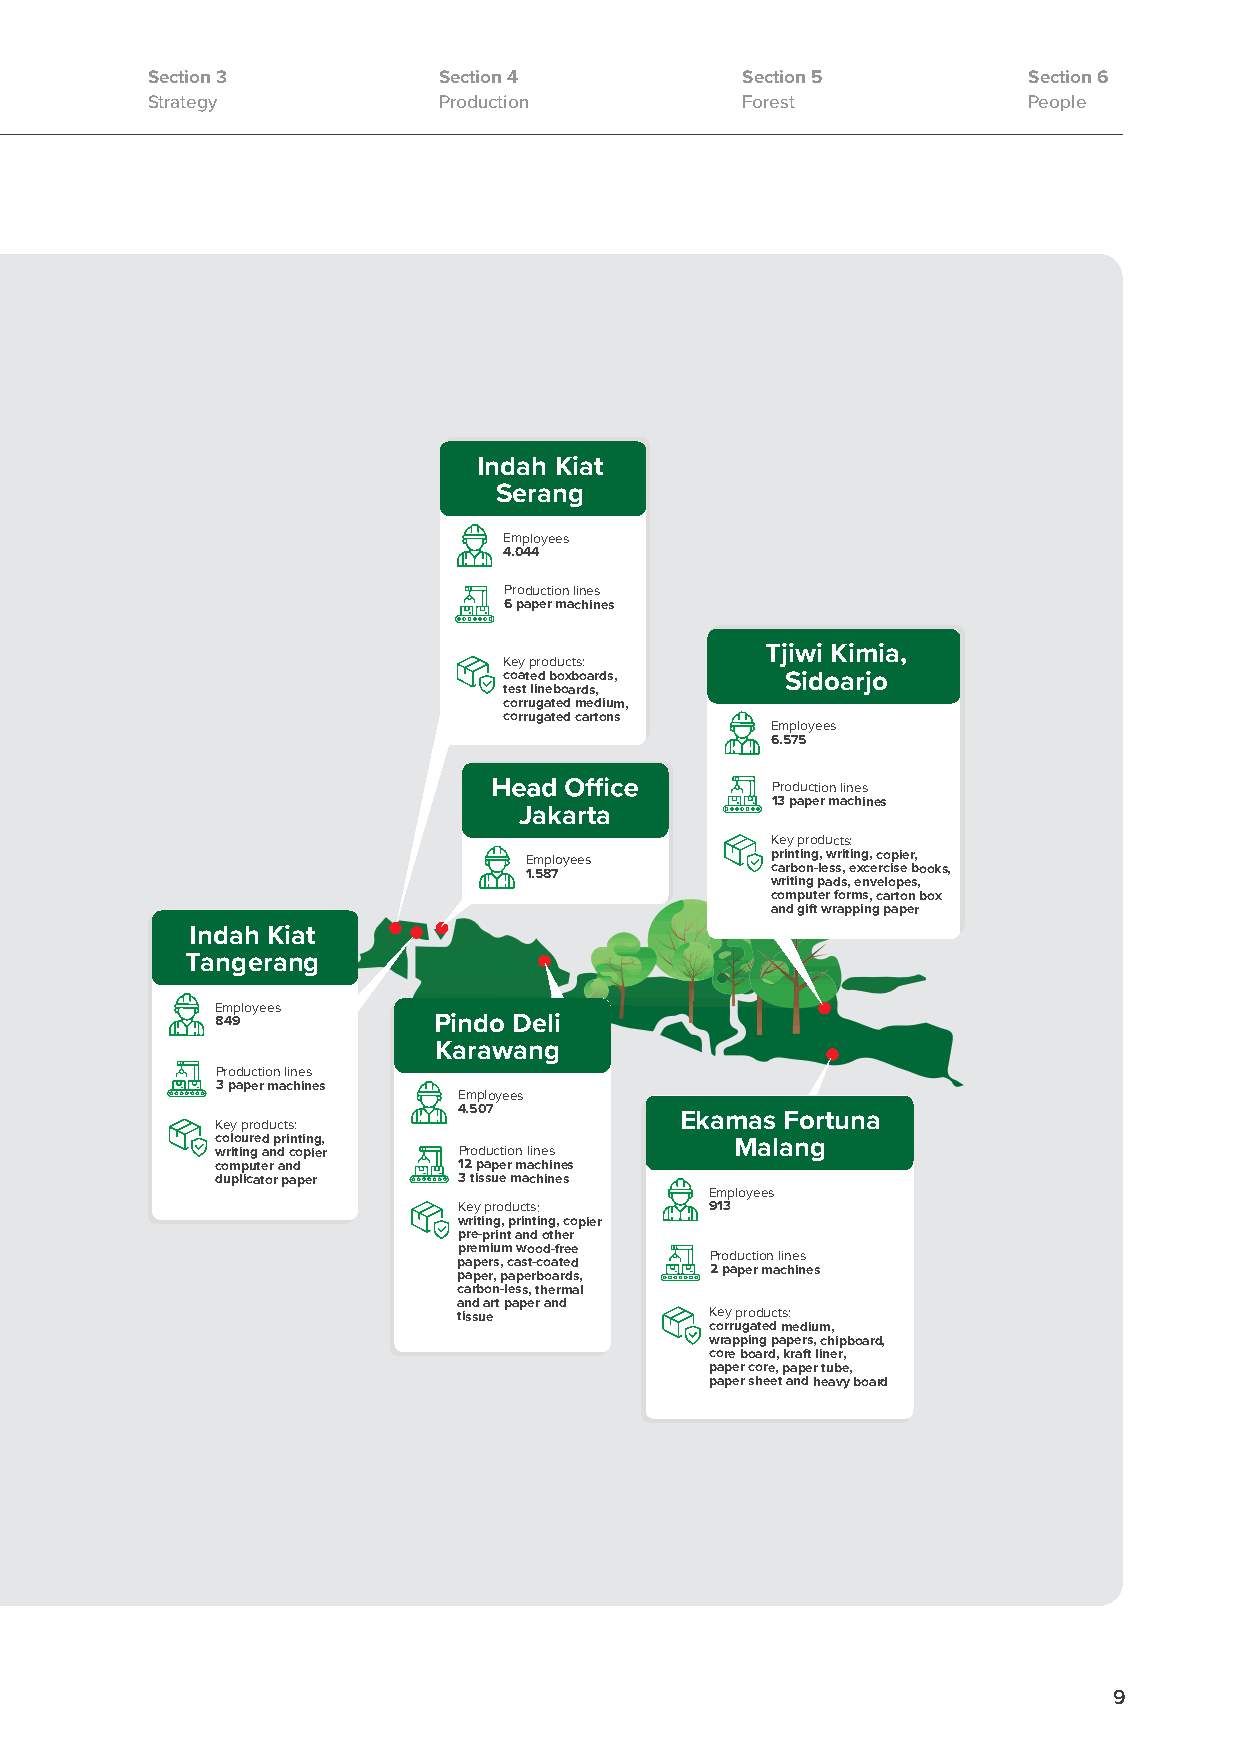
Section 3          Section 4           Section 5          Section 6
 Strategy           Production          Forest             People
 Indah Kiat
 Serang
 Employees
 4.044
 Production lines
 6 paper machines
 Tjiwi Kimia,
 Key products:
 coated boxboards,  Sidoarjo
 test lineboards,
 corrugated medium,
 corrugated cartons
 Employees
 6.575
 Production lines
 13 paper machines
 Jakarta
 Key products:
 Employees       printing, writing, copier,
 1.587           carbon-less, excercise books,
 writing pads, envelopes,
 computer forms, carton box
 and gift wrapping paper
 Indah Kiat
 Tangerang
 Employees
 849            Pindo Deli
 Karawang
 Production lines
 3 paper machines
 Employees
 4.507
 Ekamas Fortuna
 Key products:
 coloured printing,                 Malang
 writing and copier Production lines
 computer and    12 paper machines
 duplicator paper 3 tissue machines
 Employees
 Key products:    913
 writing, printing, copier
 pre-print and other
 premium wood-free
 papers, cast-coated Production lines
 paper, paperboards, 2 paper machines
 carbon-less, thermal
 and art paper and
 tissue           Key products:
 corrugated medium,
 wrapping papers, chipboard,
 core board, kraft liner,
 paper core, paper tube,
 paper sheet and heavy board
 9